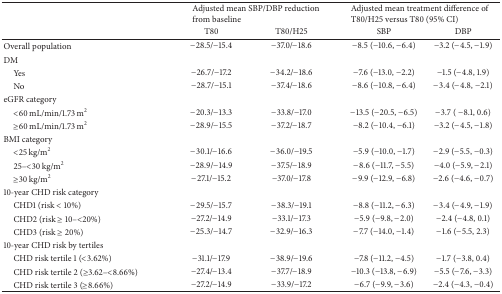
<table><thead><tr><td><b> </b></td><td colspan="2"><b>Adjusted mean SBP/DBP reduction from baseline</b></td><td colspan="2"><b>Adjusted mean treatment difference of T80/H25 versus T80 (95% CI)</b></td></tr><tr><td><b> </b></td><td><b>T80</b></td><td><b>T80/H25</b></td><td><b>SBP</b></td><td><b>DBP</b></td></tr></thead><tbody><tr><td>Overall population</td><td>−28.5/−15.4</td><td>−37.0/−18.6</td><td>−8.5 (−10.6, −6.4)</td><td>−3.2 (−4.5, −1.9)</td></tr><tr><td>DM</td><td> </td><td> </td><td> </td><td> </td></tr><tr><td> Yes</td><td>−26.7/−17.2</td><td>−34.2/−18.6</td><td>−7.6 (−13.0, −2.2)</td><td>−1.5 (−4.8, 1.9)</td></tr><tr><td> No </td><td>−28.7/−15.1</td><td>−37.4/−18.6</td><td>−8.6 (−10.8, −6.4)</td><td>−3.4 (−4.8, −2.1)</td></tr><tr><td>eGFR category</td><td> </td><td> </td><td> </td><td> </td></tr><tr><td> &lt;60 mL/min/1.73 m<sup>2</sup></td><td>−20.3/−13.3</td><td>−33.8/−17.0</td><td>−13.5 (−20.5, −6.5)</td><td>−3.7 ( −8.1, 0.6)</td></tr><tr><td> ≥60 mL/min/1.73 m<sup>2</sup></td><td>−28.9/−15.5</td><td>−37.2/−18.7</td><td>−8.2 (−10.4, −6.1)</td><td>−3.2 (−4.5, −1.8)</td></tr><tr><td>BMI category</td><td> </td><td> </td><td> </td><td> </td></tr><tr><td> &lt;25 kg/m<sup>2</sup></td><td>−30.1/−16.6</td><td>−36.0/−19.5</td><td>−5.9 (−10.0, −1.7)</td><td>−2.9 (−5.5, −0.3)</td></tr><tr><td> 25–&lt;30 kg/m<sup>2</sup></td><td>−28.9/−14.9</td><td>−37.5/−18.9</td><td>−8.6 (−11.7, −5.5)</td><td>−4.0 (−5.9, −2.1)</td></tr><tr><td> ≥30 kg/m<sup>2</sup></td><td>−27.1/−15.2</td><td>−37.0/−17.8</td><td>−9.9 (−12.9, −6.8)</td><td>−2.6 (−4.6, −0.7)</td></tr><tr><td>10-year CHD risk category</td><td> </td><td> </td><td> </td><td> </td></tr><tr><td> CHD1 (risk &lt; 10%)</td><td>−29.5/−15.7</td><td>−38.3/−19.1</td><td>−8.8 (−11.2, −6.3)</td><td>−3.4 (−4.9, −1.9)</td></tr><tr><td> CHD2 (risk ≥ 10–&lt;20%)</td><td>−27.2/−14.9</td><td>−33.1/−17.3</td><td>−5.9 (−9.8, −2.0)</td><td>−2.4 (−4.8, 0.1)</td></tr><tr><td> CHD3 (risk ≥ 20%)</td><td>−25.3/−14.7</td><td>−32.9/−16.3</td><td>−7.7 (−14.0, −1.4)</td><td>−1.6 (−5.5, 2.3)</td></tr><tr><td>10-year CHD risk by tertiles</td><td> </td><td> </td><td> </td><td> </td></tr><tr><td> CHD risk tertile 1 (&lt;3.62%)</td><td>−31.1/−17.9</td><td>−38.9/−19.6</td><td>−7.8 (−11.2, −4.5)</td><td>−1.7 (−3.8, 0.4)</td></tr><tr><td> CHD risk tertile 2 (≥3.62–&lt;8.66%)</td><td>−27.4/−13.4</td><td>−37.7/−18.9</td><td>−10.3 (−13.8, −6.9)</td><td>−5.5 (−7.6, −3.3)</td></tr><tr><td> CHD risk tertile 3 (≥8.66%)</td><td>−27.2/−14.9</td><td>−33.9/−17.2</td><td>−6.7 (−9.9, −3.6)</td><td>−2.4 (−4.3, −0.4)</td></tr></tbody></table>